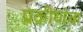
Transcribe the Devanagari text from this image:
प्रक्रीयांचा